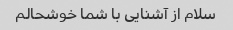
سلام از آشنایی با شما خوشحالم